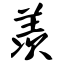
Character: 羡